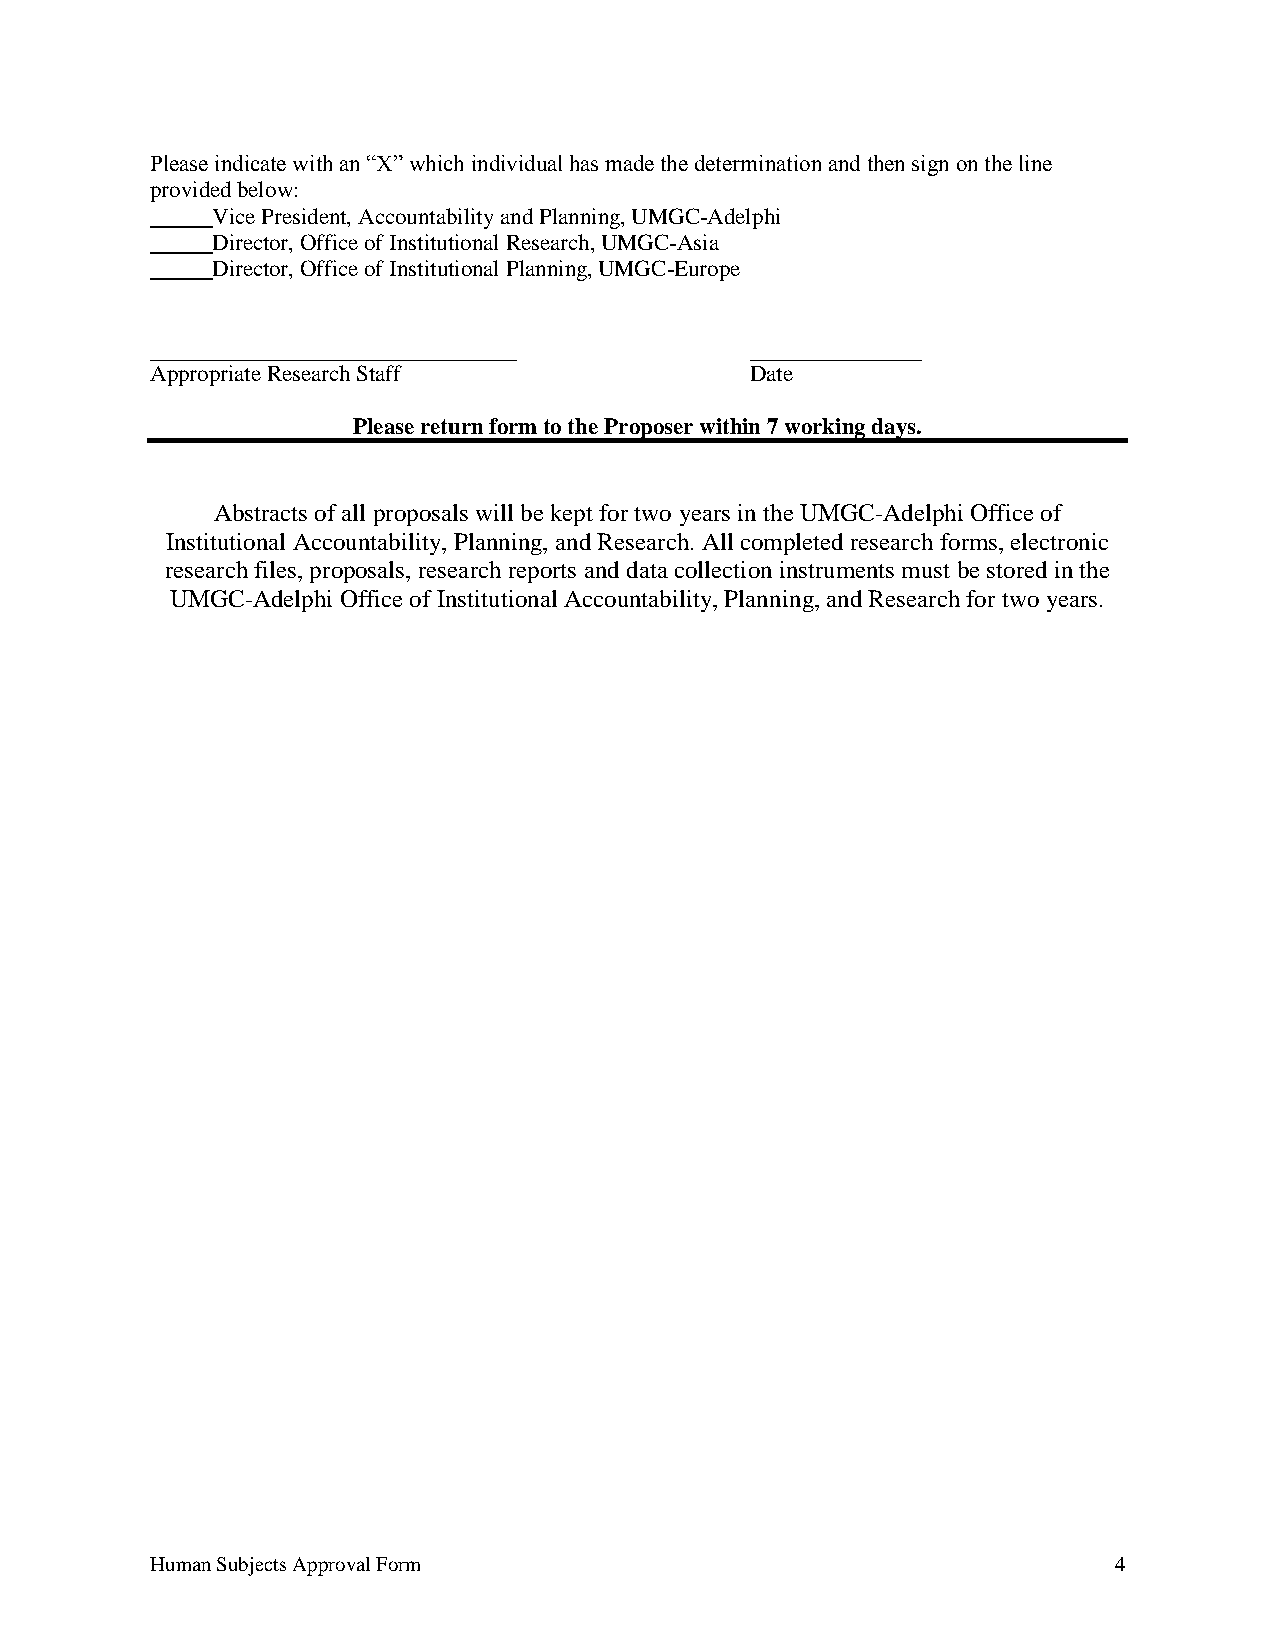
Please indicate with an “X” which individual has made the determination and then sign on the line
 provided below:
 Vice President, Accountability and Planning, UMGC-Adelphi
 Director, Office of Institutional Research, UMGC-Asia
 Director, Office of Institutional Planning, UMGC-Europe
 Appropriate Research Staff              Date
 Please return form to the Proposer within 7 working days.
 Abstracts of all proposals will be kept for two years in the UMGC-Adelphi Office of
 Institutional Accountability, Planning, and Research. All completed research forms, electronic
 research files, proposals, research reports and data collection instruments must be stored in the
 UMGC-Adelphi Office of Institutional Accountability, Planning, and Research for two years.
 Human Subjects Approval Form                                    4